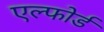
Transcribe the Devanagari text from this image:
एल्फोर्ड